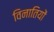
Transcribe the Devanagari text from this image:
विनातियों